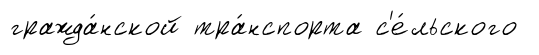
гражда́нской тра́нспорта с'е́льского